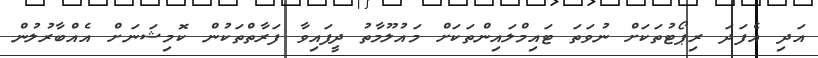
އަދި އެފަދަ ރިޕޯޓުތަކަށް ނުވަތަ ޓައިމްލައިންތަކަށް މައުލޫމާތު ދީފައިވާ ފަރާތްތަކުން ކޮމިޝަނަށް އެއްބާރުލުން